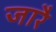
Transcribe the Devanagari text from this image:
जारै